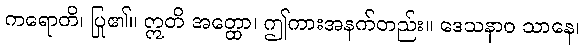
ကရောတိ၊ ပြု၏။ ဣတိ အတ္ထော၊ ဤကားအနက်တည်း။ ဒေသနာဝ သာနေ၊